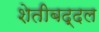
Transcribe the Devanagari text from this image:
शेतीबद्दल